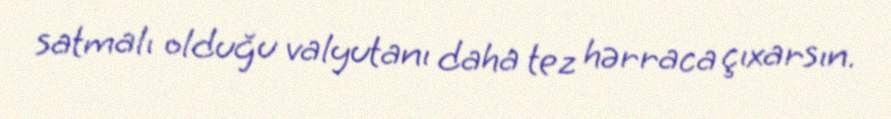
satmalı olduğu valyutanı daha tez hərraca çıxarsın.